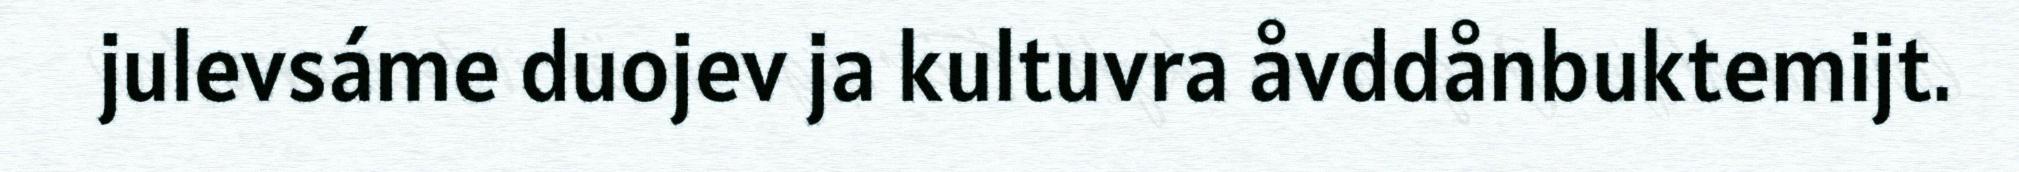
julevsáme duojev ja kultuvra åvddånbuktemijt.